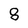
Character: 8